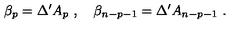
\beta _ { p } = \Delta ^ { \prime } A _ { p } \ , \quad \beta _ { n - p - 1 } = \Delta ^ { \prime } A _ { n - p - 1 } \ .